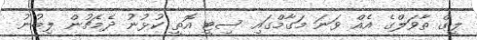
ލީގް ތާވަލްގެ އެއް ވަނަ މަގާމްގައި ސިޓީ އޮތީ ކުޅުނު ދެމެޗުން ލިބުނު